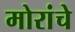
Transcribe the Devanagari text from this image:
मोरांचे